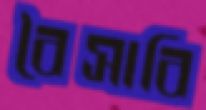
বৈসাবি